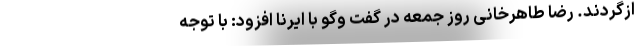
ازگردند. رضا طاهرخانی روز جمعه در گفت وگو با ایرنا افزود: با توجه